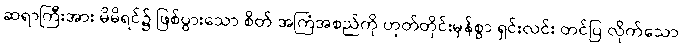
ဆရာကြီးအား မိမိရင်၌ ဖြစ်ပွားသော စိတ် အကြံအစည်ကို ဟုတ်တိုင်းမှန်စွာ ရှင်းလင်း တင်ပြ လိုက်သော